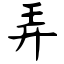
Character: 弄